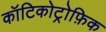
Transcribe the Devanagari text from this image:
कॉटिकोट्रोफ़िक